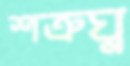
শত্রুঘ্ন